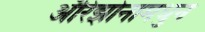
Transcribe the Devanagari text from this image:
अॅरिझोनामधुन